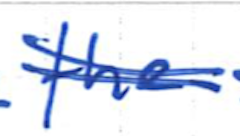
Text: the
Cross-out: double-line
Writing tool: ballpoint